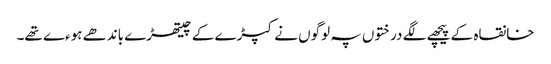
خانقاہ کے پیچھے لگے درختوں پہ لوگوں نے کپڑے کے چیتھڑے باندھے ہوءے تھے۔